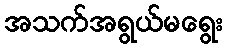
အသက်အရွယ်မရွေး